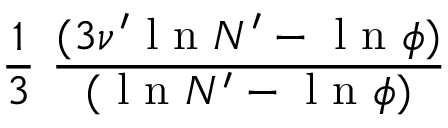
\frac { 1 } { 3 } ~ \frac { ( { 3 \nu ^ { \prime } \mathrm { ~ l ~ n ~ } N ^ { \prime } - \mathrm { ~ l ~ n ~ } \phi } ) } { ( { \mathrm { ~ l ~ n ~ } N ^ { \prime } - \mathrm { ~ l ~ n ~ } \phi } ) }